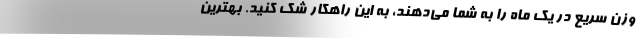
وزن سریع در یک ماه را به شما می‌دهند، به این راهکار شک کنید. بهترین